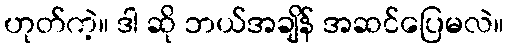
ဟုတ်ကဲ့။ ဒါ ဆို ဘယ်အချိန် အဆင်ပြေမလဲ။